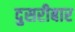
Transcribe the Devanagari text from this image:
दुसरीबार